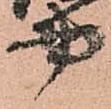
書